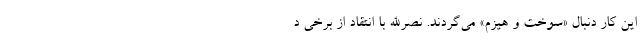
این کار دنبال «سوخت و هیزم» می‌گردند. نصرالله با انتقاد از برخی د